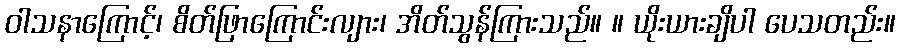
ဝါသနာကြောင့်၊ စိတ်ဖြာကြောင်းလျား၊ အိတ်သွန်ကြားသည်။ ။ ယိုးယားချိပါ ပေသတည်း။